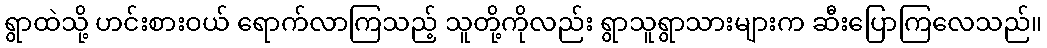
ရွာထဲသို့ ဟင်းစားဝယ် ရောက်လာကြသည့် သူတို့ကိုလည်း ရွာသူရွာသားများက ဆီးပြောကြလေသည်။